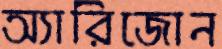
অ্যারিজোন